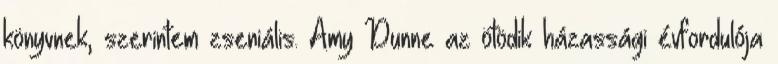
könyvnek, szerintem zseniális. Amy Dunne az ötödik házassági évfordulója